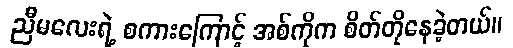
ညီမလေးရဲ့ စကားကြောင့် အစ်ကိုက စိတ်တိုနေခဲ့တယ်။